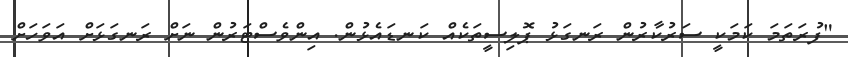
"ފުރަތަމަ ކަމަކީ ސަރުކާރުން ރަނގަޅު ޕޮލިސީތަކެއް ކަނޑައެޅުން. އިންވެސްޓަރުން ނަށް ރަނގަޅަށް އަވަހަށް